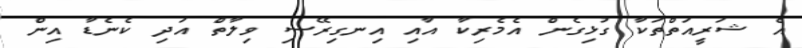
އެ ޝަރީއަތްތަކާ ގުޅިގެން އެމެރިކާ އާއި އިނގިރޭސި ވިލާތް އަދި ކެނެޑާ އިން